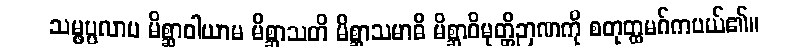
သမ္ဖပ္ပလာပ မိစ္ဆာဝါယာမ မိစ္ဆာသတိ မိစ္ဆာသမာဓိ မိစ္ဆာဝိမုတ္တိဉာဏကို စတုတ္ထမဂ်ကပယ်၏။